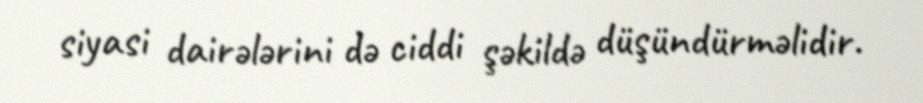
siyasi dairələrini də ciddi şəkildə düşündürməlidir.